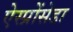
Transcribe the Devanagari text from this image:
ऐस्प्रोंसेडा